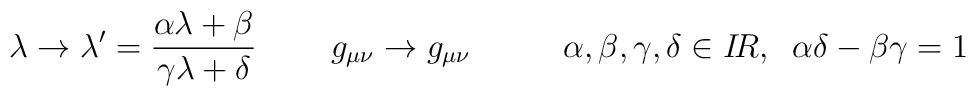
\lambda \rightarrow \lambda ^{\prime }=\frac{\alpha \lambda +\beta }{\gamma\lambda +\delta }\;\;\;\;\;\;\;\;g_{\mu \nu }\rightarrow g_{\mu \nu}\;\;\;\;\;\;\;\;\;\;\alpha ,\beta ,\gamma ,\delta \in I\!R,\;\;\alpha\delta -\beta \gamma =1